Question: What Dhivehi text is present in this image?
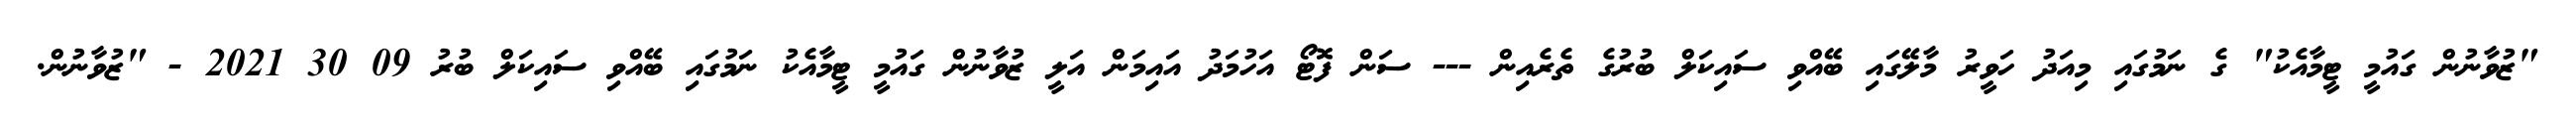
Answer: "ޒުވާނުން ގައުމީ ޓީމާއެކު" ގެ ނަމުގައި މިއަދު ހަވީރު މާލޭގައި ބޭއްވި ސައިކަލް ބުރުގެ ތެރެއިން --- ސަން ފޮޓޯ އަހުމަދު އައިމަން އަލީ ޒުވާނުން ގައުމީ ޓީމާއެކު ނަމުގައި ބޭއްވި ސައިކަލް ބުރު 09 30 2021 - "ޒުވާނުން.